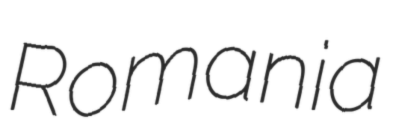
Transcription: Romania